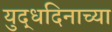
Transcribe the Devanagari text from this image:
युद्धदिनाच्या